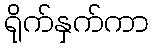
ရိုက်နှက်ကာ